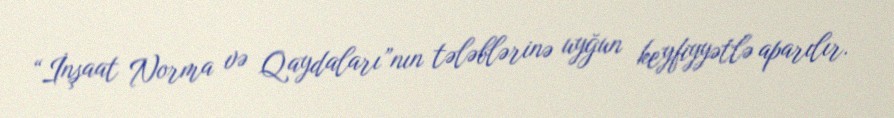
“İnşaat Norma və Qaydaları”nın tələblərinə uyğun keyfiyyətlə aparılır.